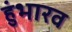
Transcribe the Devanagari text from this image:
हुंभारव